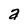
Character: a